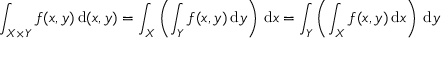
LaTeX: \int _ { X \times Y } f ( x , y ) \, { \mathrm { d } } ( x , y ) = \int _ { X } \left( \int _ { Y } f ( x , y ) \, { \mathrm { d } } y \right) \, { \mathrm { d } } x = \int _ { Y } \left( \int _ { X } f ( x , y ) \, { \mathrm { d } } x \right) \, { \mathrm { d } } y